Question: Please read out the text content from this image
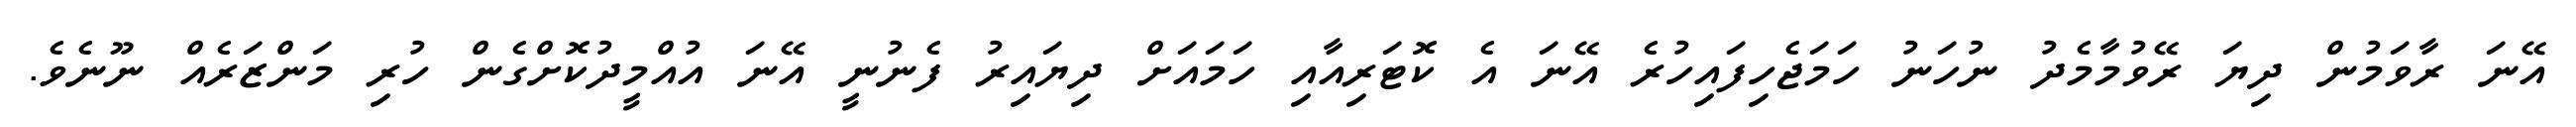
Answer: އޭނަ ރާވަމުން ދިޔަ ރޭވުމާމެދު ނުހަނު ހަމަޖެހިފައިހުރެ އޭނަ އެ ކޮޓަރިއާއި ހަމައަށް ދިޔައިރު ފެނުނީ އޭނަ އުއްމީދުކޮށްގެން ހުރި މަންޒަރެއް ނޫނެވެ.